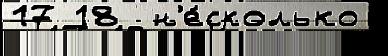
17 18  н'е́сколько